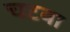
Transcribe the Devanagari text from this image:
चटवा